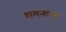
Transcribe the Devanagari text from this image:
शमनास